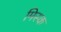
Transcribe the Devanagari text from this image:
मिस्क